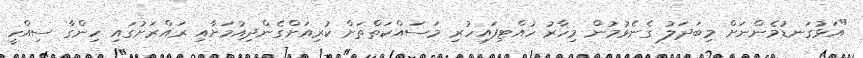
"އަޅުގަނޑުމެންނަށް މިބަދަލު ގެނެވުމުން މިހާރު ހުއްޓިފައިހުރި މަސައްކަތްތަށް ކުރިއަށްގެންދިއުމަށާއި ރައްރަށުގައި ހިންގާ ސިއްހީ